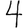
Digit: 4